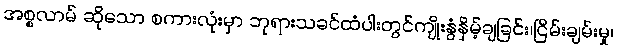
အစ္စလာမ် ဆိုသော စကားလုံးမှာ ဘုရားသခင်ထံပါးတွင်ကျိုးနွံနှိမ့်ချခြင်း၊ငြိမ်းချမ်းမှု၊